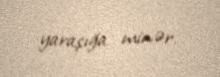
yaraşığa minər.